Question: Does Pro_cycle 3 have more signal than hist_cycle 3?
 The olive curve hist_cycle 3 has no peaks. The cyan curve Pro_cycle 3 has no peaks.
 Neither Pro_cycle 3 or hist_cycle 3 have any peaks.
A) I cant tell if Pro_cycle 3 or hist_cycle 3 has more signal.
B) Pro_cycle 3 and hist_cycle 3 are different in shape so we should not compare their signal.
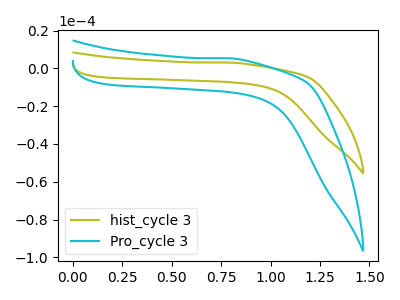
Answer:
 <answer>A) I cant tell if "Pro_cycle 3" or "hist_cycle 3" has more signal.</answer>
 <eval>A</eval>